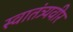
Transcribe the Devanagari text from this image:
स्‍वातंत्र्यवीर